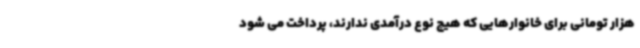
هزار تومانی برای خانوارهایی که هیچ نوع درآمدی ندارند، پرداخت می شود